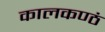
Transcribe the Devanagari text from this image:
कालकण्ठं